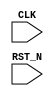
//
// Generated by Bluespec Compiler, version 2021.07-10-gb37e90ec (build b37e90ec)
//
// On Thu Nov  4 17:46:40 CST 2021
//
//
// Ports:
// Name                         I/O  size props
// CLK                            I     1 clock
// RST_N                          I     1 reset
//
// No combinational paths from inputs to outputs
//
//

`ifdef BSV_ASSIGNMENT_DELAY
`else
  `define BSV_ASSIGNMENT_DELAY
`endif

`ifdef BSV_POSITIVE_RESET
  `define BSV_RESET_VALUE 1'b1
  `define BSV_RESET_EDGE posedge
`else
  `define BSV_RESET_VALUE 1'b0
  `define BSV_RESET_EDGE negedge
`endif

module commonTb(CLK,
		RST_N);
  input  CLK;
  input  RST_N;

  // register int16
  reg [15 : 0] int16;
  wire [15 : 0] int16$D_IN;
  wire int16$EN;

  // register step
  reg [31 : 0] step;
  wire [31 : 0] step$D_IN;
  wire step$EN;

  // register uint16
  reg [15 : 0] uint16;
  wire [15 : 0] uint16$D_IN;
  wire uint16$EN;

  // remaining internal signals
  wire [15 : 0] IF_int16_2_BIT_15_3_THEN_NEG_int16_2_4_ELSE_in_ETC___d16;

  // register int16
  assign int16$D_IN =
	     int16[15] ?
	       -IF_int16_2_BIT_15_3_THEN_NEG_int16_2_4_ELSE_in_ETC___d16 :
	       IF_int16_2_BIT_15_3_THEN_NEG_int16_2_4_ELSE_in_ETC___d16 ;
  assign int16$EN = 1'b0 ;

  // register step
  assign step$D_IN = step + 32'd1 ;
  assign step$EN =
	     step == 32'd3 || step == 32'd2 || 1'b0 || step == 32'd0 ||
	     step == 32'd1 ;

  // register uint16
  assign uint16$D_IN = 16'h0 ;
  assign uint16$EN = 1'b0 ;

  // remaining internal signals
  assign IF_int16_2_BIT_15_3_THEN_NEG_int16_2_4_ELSE_in_ETC___d16 =
	     (int16[15] ? -int16 : int16) >> 2 ;

  // handling of inlined registers

  always@(posedge CLK)
  begin
    if (RST_N == `BSV_RESET_VALUE)
      begin
        int16 <= `BSV_ASSIGNMENT_DELAY 16'h0800;
	step <= `BSV_ASSIGNMENT_DELAY 32'd0;
	uint16 <= `BSV_ASSIGNMENT_DELAY 16'h0800;
      end
    else
      begin
        if (int16$EN) int16 <= `BSV_ASSIGNMENT_DELAY int16$D_IN;
	if (step$EN) step <= `BSV_ASSIGNMENT_DELAY step$D_IN;
	if (uint16$EN) uint16 <= `BSV_ASSIGNMENT_DELAY uint16$D_IN;
      end
  end

  // synopsys translate_off
  `ifdef BSV_NO_INITIAL_BLOCKS
  `else // not BSV_NO_INITIAL_BLOCKS
  initial
  begin
    int16 = 16'hAAAA;
    step = 32'hAAAAAAAA;
    uint16 = 16'hAAAA;
  end
  `endif // BSV_NO_INITIAL_BLOCKS
  // synopsys translate_on

  // handling of system tasks

  // synopsys translate_off
  always@(negedge CLK)
  begin
    #0;
    if (RST_N != `BSV_RESET_VALUE) if (step == 32'd1) $display("Zero");
    if (RST_N != `BSV_RESET_VALUE)
      if (step == 32'd0) $display("== step 0 ==");
    if (RST_N != `BSV_RESET_VALUE)
      if (step == 32'd0) $display("foo = %x", $unsigned(16'h1FFF));
    if (RST_N != `BSV_RESET_VALUE)
      if (step == 32'd0) $display("foo = %x", $unsigned(16'd5));
    if (RST_N != `BSV_RESET_VALUE)
      if (step == 32'd0) $display("foo = %x", $unsigned(16'hFFFF));
    if (RST_N != `BSV_RESET_VALUE)
      if (step == 32'd0) $display("foo = %x", $unsigned(16'd0));
    if (RST_N != `BSV_RESET_VALUE)
      if (step == 32'd0) $display("fooneg = %x", 1'd0);
    if (RST_N != `BSV_RESET_VALUE)
      if (step == 32'd0) $display("maxUInt16 = %x", $unsigned(16'hFFFF));
    if (RST_N != `BSV_RESET_VALUE)
      if (step == 32'd0) $display("minUInt16 = %x", $unsigned(16'd0));
    if (RST_N != `BSV_RESET_VALUE)
      if (step == 32'd0)
	$display("%x < %x = %x", $unsigned(16'd0), $unsigned(16'hFFFF), 1'd1);
    if (RST_N != `BSV_RESET_VALUE)
      if (step == 32'd2) $display("== step 2 ==");
    if (RST_N != `BSV_RESET_VALUE)
      if (step == 32'd2) $display("foo is 32 bits %b", $signed(32'd10));
    if (RST_N != `BSV_RESET_VALUE)
      if (step == 32'd2) $display("this is 1 bit = %b", 1'd1);
    if (RST_N != `BSV_RESET_VALUE)
      if (step == 32'd3) $display("== step 3 ==");
    if (RST_N != `BSV_RESET_VALUE) if (step == 32'd3) $display("b1 is True");
    if (RST_N != `BSV_RESET_VALUE)
      if (step == 32'd4) $display("== step 4 ==");
    if (RST_N != `BSV_RESET_VALUE)
      if (step == 32'd4) $display("== All done ==");
    if (RST_N != `BSV_RESET_VALUE) if (step == 32'd4) $finish(32'd0);
  end
  // synopsys translate_on
endmodule  // commonTb